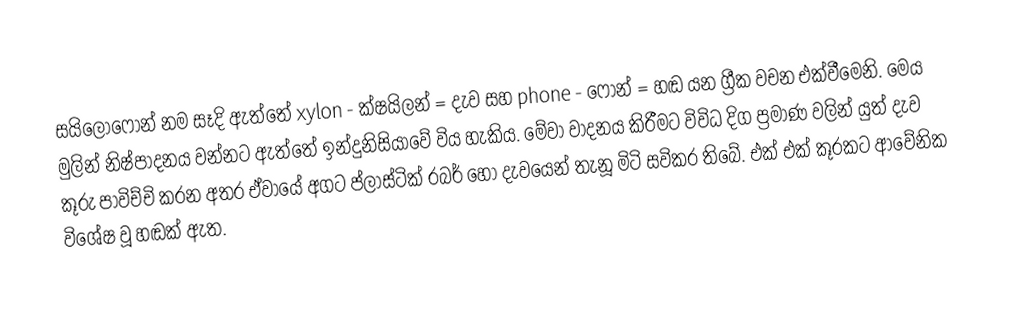
සයිලොෆෝන් නම සෑදි ඇත්තේ xylon - ක්ෂයිලන් = දැව සහ phone - ෆෝන් = හඬ යන ග්‍රීක වචන එක්වීමෙනි. මෙය මුලින් නිෂ්පාදනය වන්නට ඇත්තේ ඉන්දුනිසියාවේ විය හැකිය. මේවා වාදනය කිරීමට විවිධ දිග ප්‍රමාණ වලින් යුත් දැව කූරු පාවිච්චි කරන අතර ඒවායේ අගට ප්ලාස්ටික් රබර් හෝ දැවයෙන් තැනූ මිටි සවිකර තිබේ. එක් එක් කූරකට ආවේනික විශේෂ වූ හඬක් ඇත.